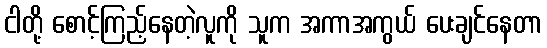
ငါတို့ စောင့်ကြည့်နေတဲ့လူကို သူက အကာအကွယ် ပေးချင်နေတာ